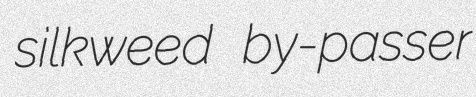
silkweed by-passer